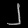
Digit: ၂